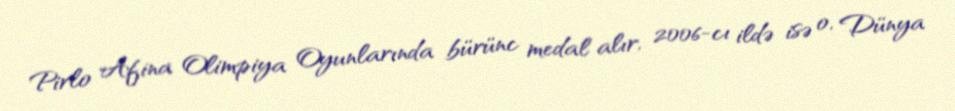
Pirlo Afina Olimpiya Oyunlarında bürünc medal alır, 2006-cı ildə isə o, Dünya